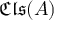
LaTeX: { \mathfrak { C l s } } ( A )